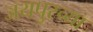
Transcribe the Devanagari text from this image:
जयपुरच्या